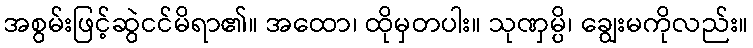
အစွမ်းဖြင့်ဆွဲငင်မိရာ၏။ အထော၊ ထိုမှတပါး။ သုဏှမ္ပိ၊ ချွေးမကိုလည်း။